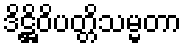
ဒိဋ္ဌိဝိပတ္တိသမ္မတာ